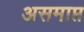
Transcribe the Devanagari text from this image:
असमाप्त